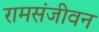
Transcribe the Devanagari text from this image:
रामसंजीवन